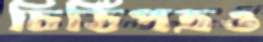
চিঠিপত্রও